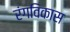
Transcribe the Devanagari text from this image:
रंगविकास